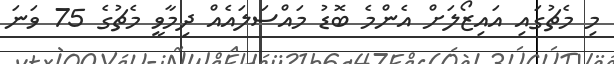
މި މެޗުގައި އައިޒޯލަށް އެންމެ ބޮޑު މައްސަލައެއް ދިމާވީ މެޗުގެ 75 ވަނަ